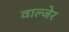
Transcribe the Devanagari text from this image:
वाल्जेर